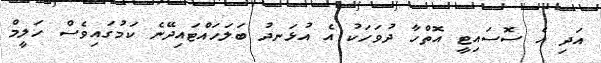
އަދި އެ ސޮސައިޓީ އޮތްހާ ދުވަހަކު އެ އުޅަނދު ބަލަހައްޓައިދޭނެ ކަމުގައިވެސް ހަލީމް